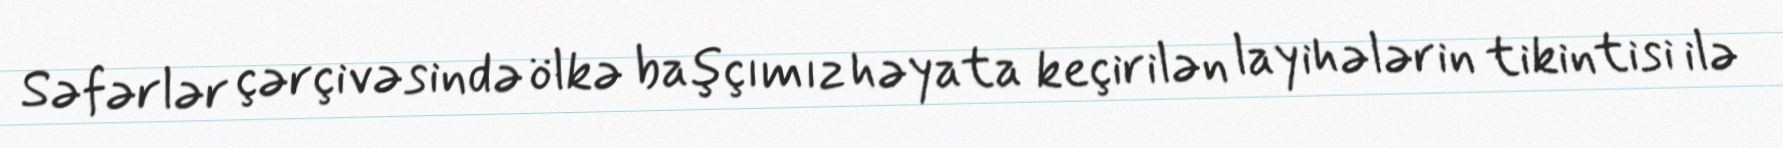
Səfərlər çərçivəsində ölkə başçımız həyata keçirilən layihələrin tikintisi ilə